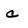
Character: c